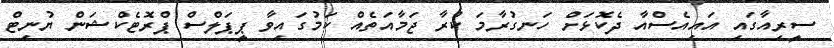
ސީރިއާގައި އައިއެސްއާ ދެކޮޅަށް ހަނގުރާމަ ކުރާ ޖަމާއަތެއް ކަމުގައިވާ ޕީޕަލްސް ޕްރޮޓެކްޝަން ޔުނިޓް